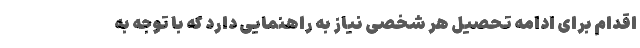
اقدام برای ادامه تحصیل هر شخصی نیاز به راهنمایی دارد که با توجه به